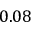
0 . 0 8